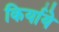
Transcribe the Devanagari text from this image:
किर्याये